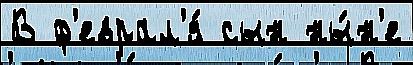
В ф'еврал'я́ сын ны́н'е